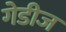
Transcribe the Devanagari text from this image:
गेडीज